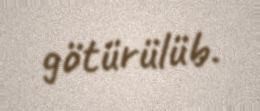
götürülüb.